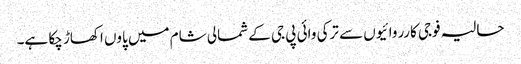
حالیہ فوجی کارروائیوں سے ترکی وائی پی جی کے شمالی شام میں پاوں اکھاڑ چکا ہے۔